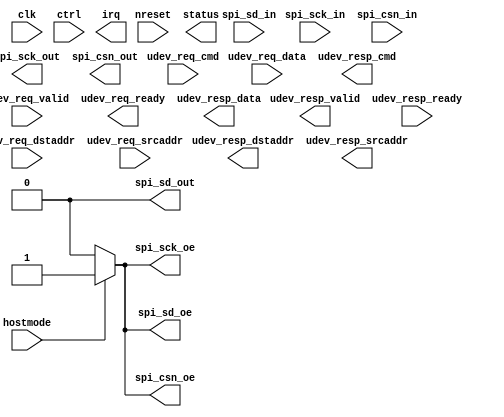
/*****************************************************************************
 * Function: SPI Interface
 * Copyright: Lambda Project Authors. All rights Reserved.
 * License:  MIT (see LICENSE file in Lambda repository)
 *
 * Docs:
 *
 ****************************************************************************/

module la_spi #(
    parameter TARGET = "DEFAULT",  // technology target
    parameter PROP   = "HOST",     // block selector
    parameter RW     = 32,         // register width
    parameter DW     = 128,        // umi packet width
    parameter AW     = 64,         // address width
    parameter CW     = 32          // command width
) (  // basic control signals
    input           clk,                // core clock
    input           nreset,             // active low async reset
    input  [RW-1:0] ctrl,               // free form ctrl inputs
    output [RW-1:0] status,             // free form status outputs
    input           hostmode,           // peripheral operates in host mode
    output          irq,                // interrupt
    // UMI access
    input           udev_req_valid,
    input  [CW-1:0] udev_req_cmd,
    input  [AW-1:0] udev_req_dstaddr,
    input  [AW-1:0] udev_req_srcaddr,
    input  [DW-1:0] udev_req_data,
    output          udev_req_ready,
    output          udev_resp_valid,
    output [CW-1:0] udev_resp_cmd,
    output [AW-1:0] udev_resp_dstaddr,
    output [AW-1:0] udev_resp_srcaddr,
    output [DW-1:0] udev_resp_data,
    input           udev_resp_ready,
    // io interface
    input           spi_sck_in,         // serial clock
    output          spi_sck_out,
    output          spi_sck_oe,
    input           spi_csn_in,         // chip select (active low)
    output          spi_csn_out,
    output          spi_csn_oe,
    input           spi_sd_in,          // serial data
    output          spi_sd_out,
    output          spi_sd_oe
);

    assign spi_sck_oe = hostmode ? 1'b1 : 1'b0;
    assign spi_csn_oe = hostmode ? 1'b1 : 1'b0;
    assign spi_sd_oe  = hostmode ? 1'b1 : 1'b0;

endmodule  // la_spi